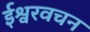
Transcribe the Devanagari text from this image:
ईश्वरवचन